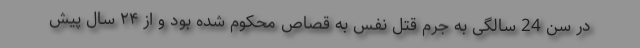
در سن 24 سالگی به جرم قتل نفس به قصاص محکوم شده بود و از ۲۴ سال پیش